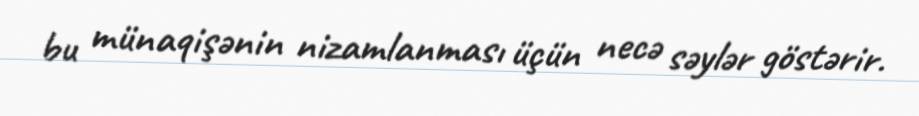
bu münaqişənin nizamlanması üçün necə səylər göstərir.